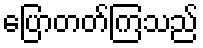
ပြောတတ်ကြသည်